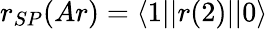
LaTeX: r_{SP}(Ar)=\langle 1||r(2)||0\rangle